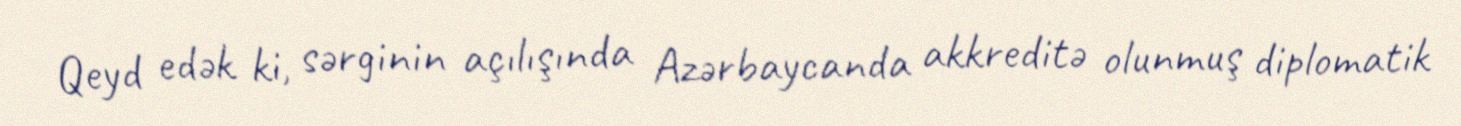
Qeyd edək ki, sərginin açılışında Azərbaycanda akkreditə olunmuş diplomatik